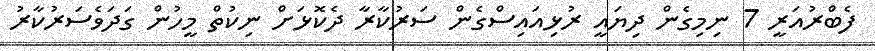
ފެބްރުއަރީ 7 ނިމިގެން ދިޔައީ ރުޅިއައިސްގެން ސަރުކާރާ ދެކޮޅަށް ނިކުތް މީހުން ގަދަވެސަރުކާރު